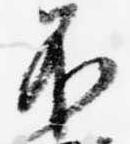
不